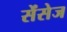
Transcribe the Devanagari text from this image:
सेंसेज